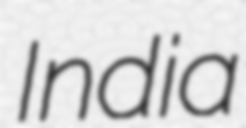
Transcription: India